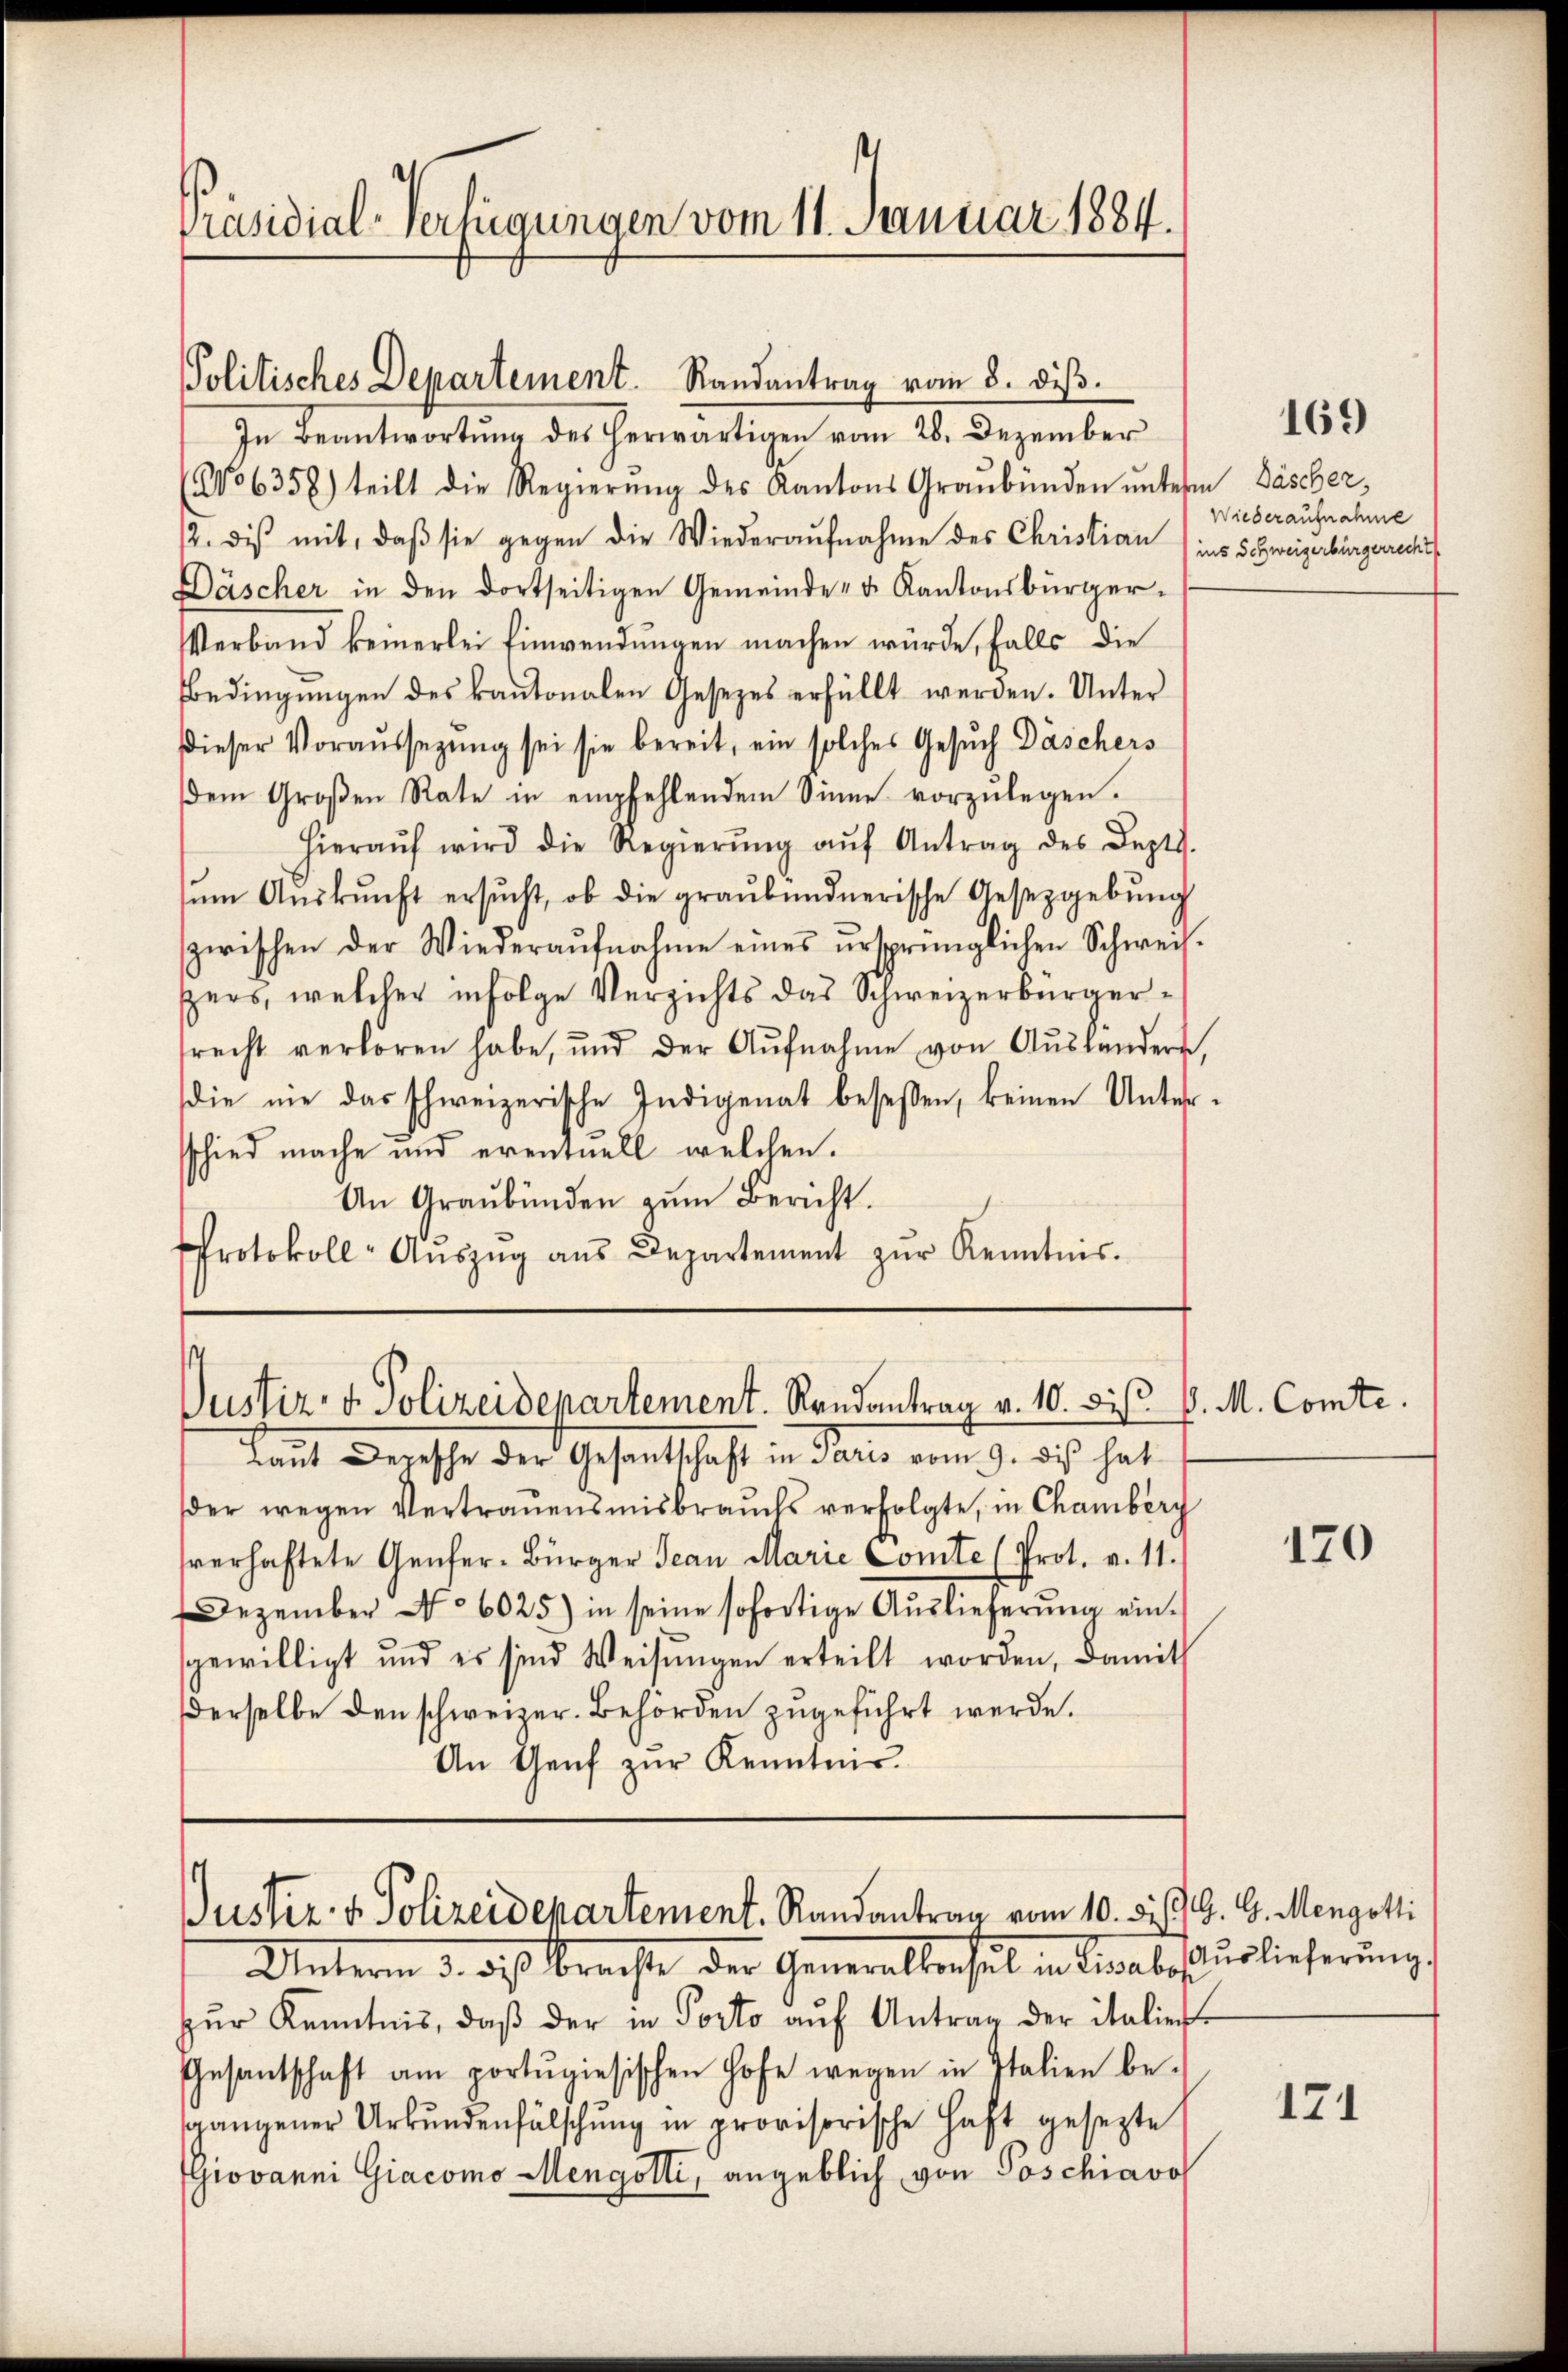
Präsidial-Verfügungen vom 11. Januar 1884.

In Beantwortung des herwärtigen vom 26. Dezember
No 6358) teilt die Regierŭng des Kantons Graubünden ŭnterm Bäscher,
12. die mit, daβ sie gegen die Wiederaŭfnahme des Christian (ins Schweizerbürgerrecht
Däscher in den dortseitigen Gemeinde- u. Kantonsbürger¬
Verband keinerlei Einwendungen machen würde, falls die
Bedingungen des kantonalen Gesetzes erfüllt werden. Unter
Dieser Voraussezung sei sie bereit, ein solches Gesuch Däschers
dem Großen Rate in empfehlendem Sinne vorzulegen.
hieraŭf wird die Regierŭng aŭf Antrag des Depts.
ŭm Aŭskŭnft ersŭcht, ob die graubündnerische Gesetzgebŭng
zwischen der Wiederaŭfnahme eines ursprünglichen Schweis-
pers, welcher infolge Verzichts das Schweizerbürgersrecht verhören habe, und der Aŭfnahme von Auslandern,
die nie das schweizerische Indigenat besessen, keinen Unterschied mache und eventuell welchen.
An Graubünden zum Bericht.
Protokoll-Aŭszŭg aŭs Departement zŭr Kenntnis.

Politisches Departement. Randantrag vom 8. diβ.

t
Justiz- & Polizeidepartement. Randantrag v. 10. bis v. M. Comte.

kannt deresse der Gesandtschaft in Paris vom 9. ds hat
der wegen Vertrauensmisbrauchs verfolgte, in Chamberg
sverhaftete Genfer-Bürger Jean Marie Comte (Prot. v. 11.
Dezember No 6025) in seine sofortige Auslieferung eingewilligt und es sind Weisŭngen erteilt worden, damit
derselbe den schweizer. Behörden zugeführt werde.
An Genf zŭr Kenntnis.

Justiz- & Polizeidepartement. Randantrag vom 10. bis 9. 9. Mengotti

Wiederaufnahme

Unterm 3. ds. brachte der Generalberseil in Sagabeßuslieferung
zŭr Kenntnis, daβ der in Porto aŭf Antrag der italier
Gesantschaft am portŭgiesischen Hofe wegen in Italien be-
gangener Urkundenfälschung in provisorische Haft gesezte
Giovanni Giacomo Mengotti, angeblich von Poschiavo

169

170

171